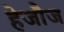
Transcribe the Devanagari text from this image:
हेजौज